Annual report on the health of the army in India
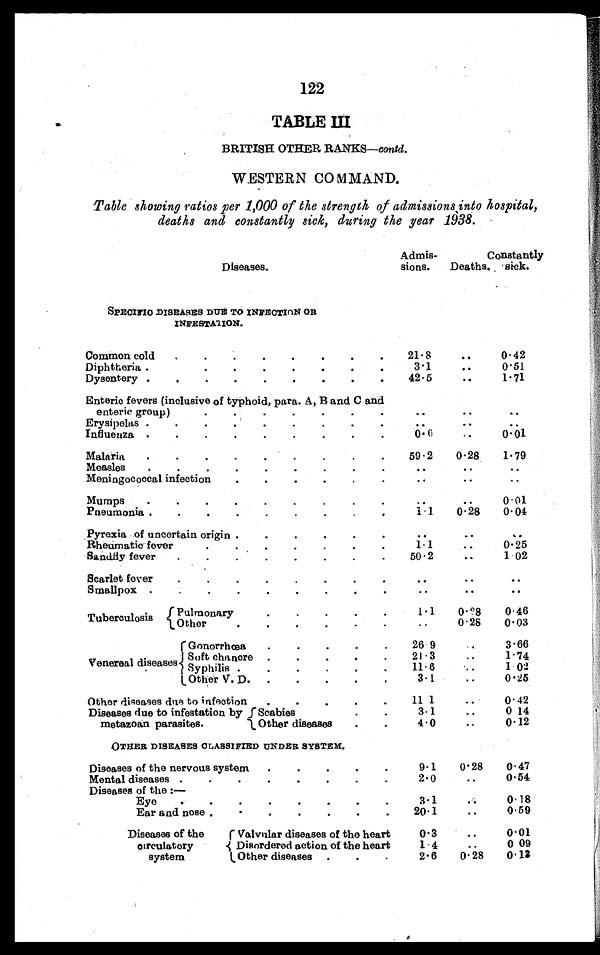
122
TABLE III
BRITISH OTHER RANKS— contd.
WESTERN COMMAND.
Table showing ratios per 1,000 of the strength of admissions into hospital,
deaths and constantly sick, during the year 1938.
Diseases.
Admis-
sions.
Deaths.
Constantly
sick.
SPECIFIC DISEASES DUE TO INFECTION OR
INFESTATION.
Common cold . . .
21 . 8
. . .
0.42
Diphtheria . . .
3 . 1
. . .
0.51
Dysentery . . .
42.5
. . . 1.71
Enteric fevers (inclusive of typhoid, para. A, B and C and
enteric group) . . .
. . .
. . .
. . .
Erysipelas . . .
. . .
. . .
. . .
influenza
0. 6
. . . 0.01
Malaria. . .
5 9 . 2
0.28
1.79
Measles . . .
. . .
. . .
. . .
Meningococcal infection. . .
. . .
. . .
. . .
Mumps . . .
. . .
. . . 0.01
Pneumonia . . .
1. 1
0.28
0.04
Pyrexia of uncertain origin . . .
. . .
. . .
. . .
Rheumatic fever . . .
1.1 . . .
0.25
Sandfly fever . . .
5 0 . 2
. . .
1.02
Scarlet fever. . .
. . .
. . .
. . .
Smallpox...
. . .
. . .
. . .
Tuberculosis
Pulmonary . . .
1.1
0.28
0.46
Other. . .
. . .
0.28
0.03
Venereal diseases
.
Gonorrhœa . . .
9
. . .
3.66
Soft chancre . . .
21.3
. . .
1.74
Syphilis . . .
11.6
. . .
1.02
Other V. D.
. . .
3.1
. . . 0.25
Other diseases due to infection . . .
11.1
. . .
0.42
Diseases due to infestation by
metazoan parasites
Scabies . . .
3 . 1
. . .
0.14
Other diseases
. . .
4 . 0
. . .
0.12
OTHER DISEASES CLASSIFIED UNDER SYSTEM.
Diseases of the nervous system . . .
9.1
0.28
0.47
Mental diseases. . .
2 . 0
. . .
0.54
Diseases of the:—
Eye. . .
3.1
. . .
0.18
Ear and nose . . .
20.1
. . .
0.59
Diseases of the
circulatory
sys
tem
Valvular diseases of the heart
0.3
. . .
0.01
Disordered action of the heart
1. 4
. . .
0 09
Other diseases
. . .
2 . 6
0.28
0.13